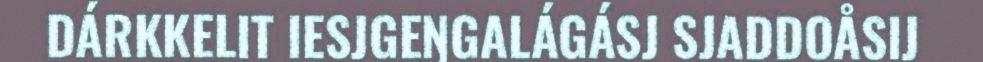
DÁRKKELIT IESJGEŊGALÁGÁSJ SJADDOÅSIJ